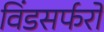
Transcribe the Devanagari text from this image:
विंडसर्फरों